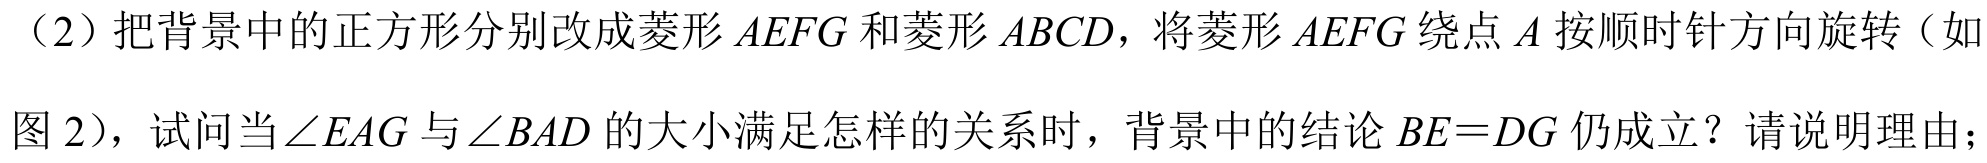
（2）把背景中的正方形分别改成菱形\(AEFG\)和菱形\(ABCD\)，将菱形\(AEFG\)绕点\(A\)按顺时针方向旋转（如图2），试问当\(\angle EAG\)与\(\angle BAD\)的大小满足怎样的关系时，背景中的结论\(BE = DG\)仍成立？请说明理由；